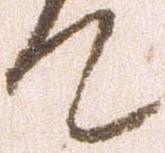
て